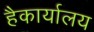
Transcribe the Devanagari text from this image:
हैकार्यालय